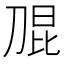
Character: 𭃫